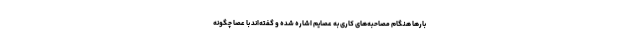
بارها هنگام مصاحبه‌های کاری به عصایم اشاره شده و گفته‌اند با عصا چگونه